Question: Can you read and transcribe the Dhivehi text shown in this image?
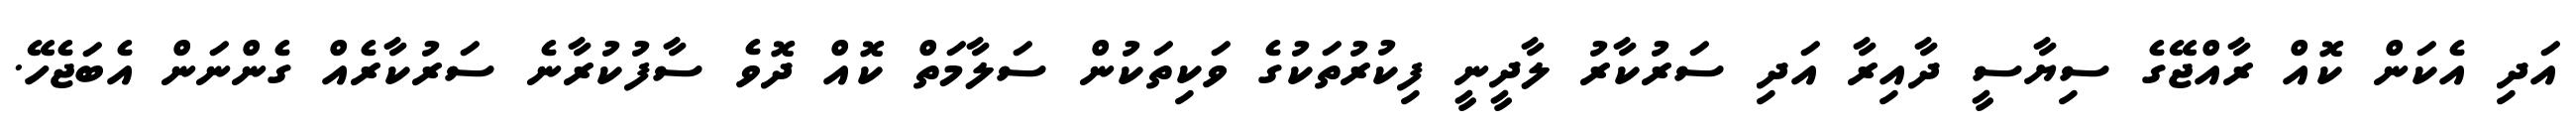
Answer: އަދި އެކަން ކޮއް ރާއްޖޭގެ ސިޔާސީ ދާއިރާ އަދި ސަރުކާރު ލާދީނީ ފިކުރުތަކުގެ ވަކިތަކުން ސަލާމަތް ކޮއް ދޮވެ ސާފުކުރާނެ ސަރުކާރެއް ގެންނަން އެބަޖެހޭ.